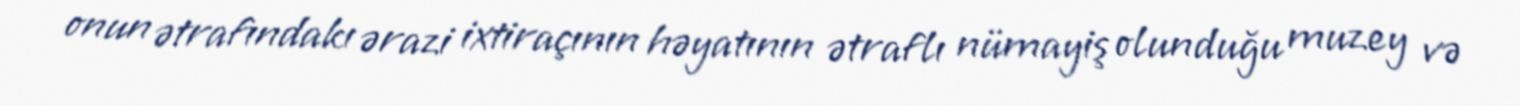
onun ətrafındakı ərazi ixtiraçının həyatının ətraflı nümayiş olunduğu muzey və